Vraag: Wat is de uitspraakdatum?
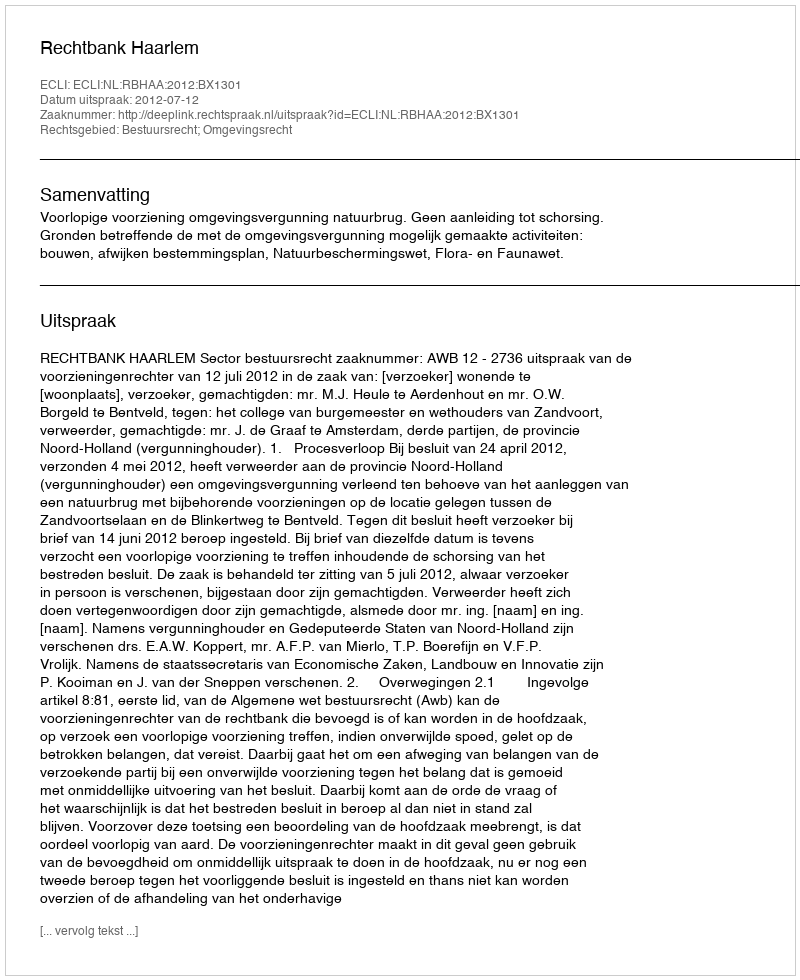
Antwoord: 2012-07-12